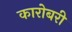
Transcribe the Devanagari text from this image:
कारोबरी